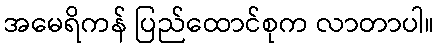
အမေရိကန် ပြည်ထောင်စုက လာတာပါ။